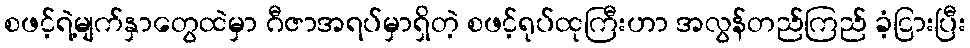
စဖင့်ရဲ့မျက်နှာတွေထဲမှာ ဂီဇာအရပ်မှာရှိတဲ့ စဖင့်ရုပ်ထုကြီးဟာ အလွန်တည်ကြည် ခံ့ငြားပြီး